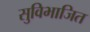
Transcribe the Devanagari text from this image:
सुविभाजित